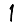
Digit: 1